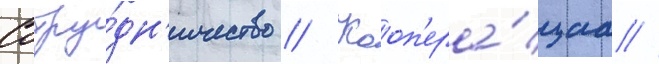
Сотру́дн'ичество // Кооп'ера́циа //